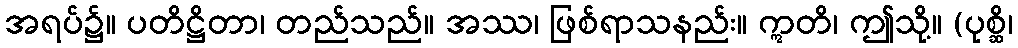
အရပ်၌။ ပတိဋ္ဌိတာ၊ တည်သည်။ အဿ၊ ဖြစ်ရာသနည်း။ ဣတိ၊ ဤသို့။ (ပုစ္ဆိ၊